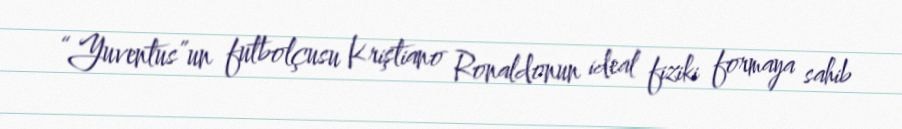
“Yuventus”un futbolçusu Kriştiano Ronaldonun ideal fiziki formaya sahib